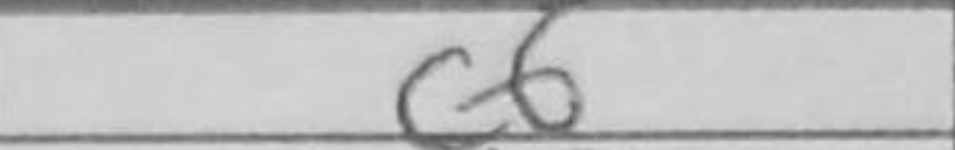
Transcription: c6